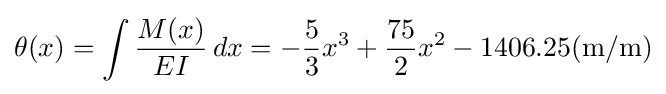
\theta (x)=\int {\frac {M(x)}{EI}}\,dx=-{\frac {5}{3}}x^{3}+{\frac {75}{2}}x^{2}-1406.25({\textrm {m}}/{\textrm {m}})